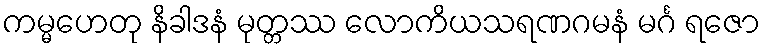
ကမ္မဟေတု နိခါဒနံ မုတ္တဿ လောကိယသရဏဂမနံ မင်္ဂ ရဇော